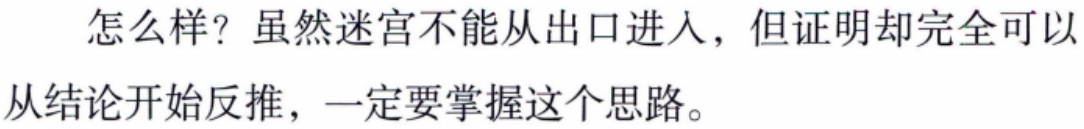
怎么样？虽然迷宫不能从出口进入，但证明却完全可以从结论开始反推，一定要掌握这个思路。